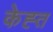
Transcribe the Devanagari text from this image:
केह्त